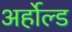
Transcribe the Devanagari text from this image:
अर्होल्ड